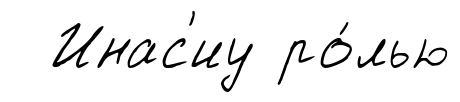
Инас'иу ро́лью